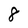
Character: 8